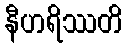
နီဟရိဿတိ